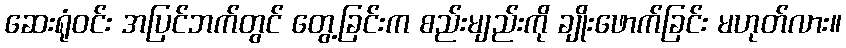
ဆေးရုံဝင်း အပြင်ဘက်တွင် တွေ့ခြင်းက စည်းမျည်းကို ချိုးဖောက်ခြင်း မဟုတ်လား။